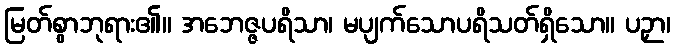
မြတ်စွာဘုရား၏။ အဘေဇ္ဇပရိသာ၊ မပျက်သောပရိသတ်ရှိသော။ ပဉှာ၊